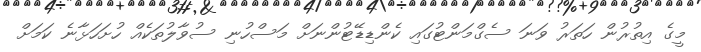
މީގެ އިތުރުން ހަތަރު ވަނަ ސެގްމަންޓުގައި ކެންޑިޑޭޓުންނަށް މަސްހުނި ސުވާލުތަކެއް ހުށަހަޅާނެ ކަމަށް